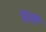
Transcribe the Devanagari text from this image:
हानो